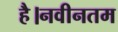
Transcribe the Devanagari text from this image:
है।नवीनतम